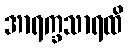
အာရက္ခသာရထိ